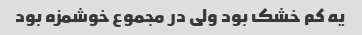
یه کم خشک بود ولی در مجموع خوشمزه بود